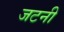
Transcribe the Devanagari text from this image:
जटनी